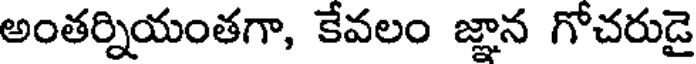
అంతర్నియంతగా, కేవలం జ్ఞాన గోచరుడై